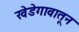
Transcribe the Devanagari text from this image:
खेडेगावातून